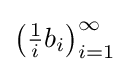
{\textstyle \left({\tfrac {1}{i}}b_{i}\right)_{i=1}^{\infty }}